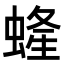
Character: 𧍰